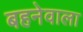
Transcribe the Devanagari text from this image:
बहनेवाला